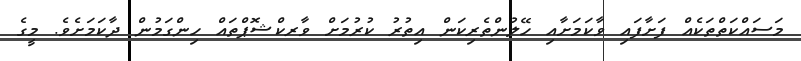
މަސައްކަތްތަކެއް ފަށާފައި ވާކަމަށާއި ހޭލުންތެރިކަން އިތުރު ކުރުމަށް ވާރކްޝޮޕްތައް ހިންގަމުން ދާކަމަށެވެ. މީގެ